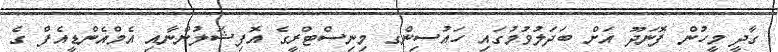
ގާދީ މީހުން ފޮނަދޫ އަށް ބަދަލުވުމުގައި ހައުސިންގ މިނިސްޓްރީގެ އޮފިޝަލުންނާއި އެމްއެންޑީއެފް ގެ